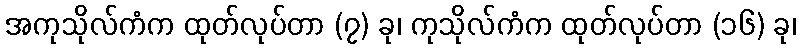
အကုသိုလ်ကံက ထုတ်လုပ်တာ (၇) ခု၊ ကုသိုလ်ကံက ထုတ်လုပ်တာ (၁၆) ခု၊